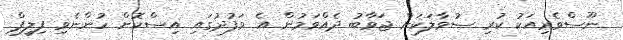
ނޫސްވެރިއަކު ކުރި ސުވާލަކަށް ޖަވާބު ދެއްވަމުން އެ ވަފުދުގައި އިސްކޮށް ހުންނެވި ފިލިޕް